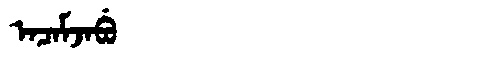
Manchu: ᠠᠴᠠᠮᠵᠠᠪᡠ
Romanization: ACAMJABU